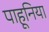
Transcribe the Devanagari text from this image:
पाहूनिया